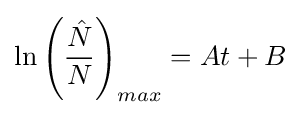
\ln \left({\frac {\hat {N}}{N}}\right)_{max}=At+B